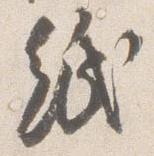
紙